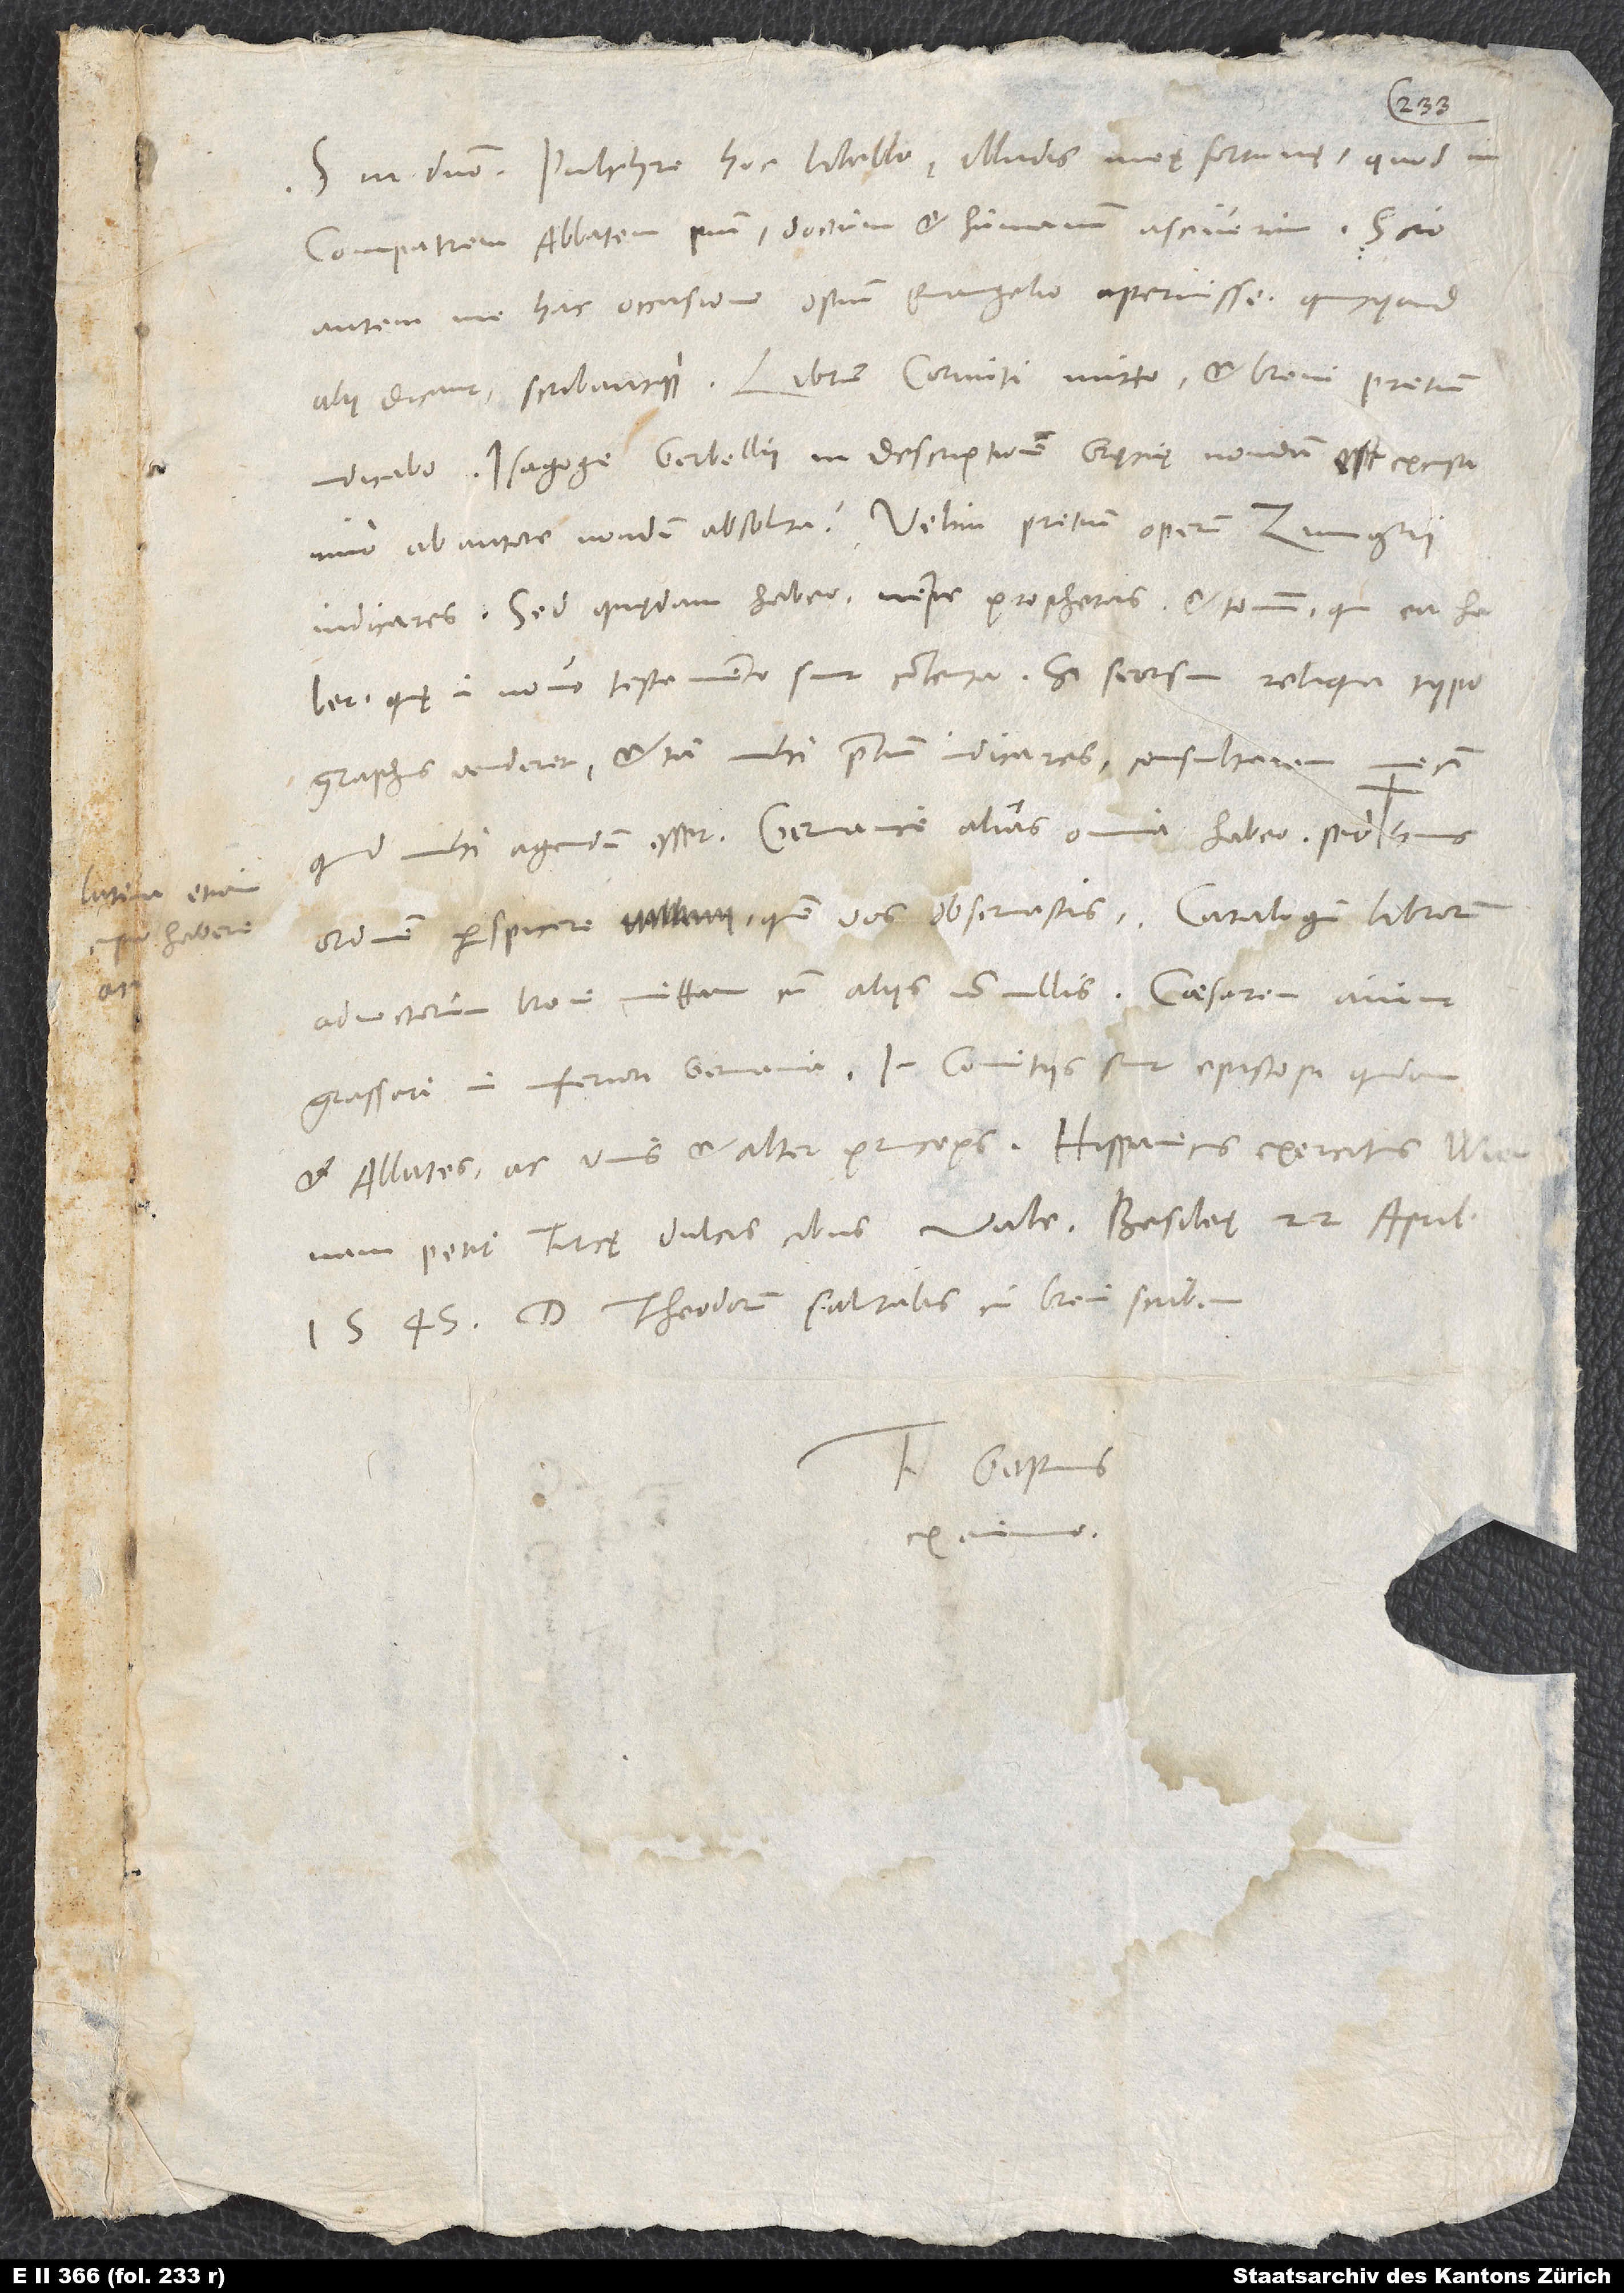
habere

Pulchre hoc libello illudis meę fortunę, quod
compatrem abbatem pium, doctum et humanum asciverim. Scio
autem me hac occasione ostium evangelio aperuisse, quicquid
indicabo. Isagoge Gerbellii in descriptionem Gręcię nondum est excusa,
indicares, sed quędam habeo, nempe prophetas et tomum, qui ea habet,
quę in novo testamento sunt contenta. Si seorsim reliqua typographus
venderet et tu mihi pretium indicares, consultarem mecum,
quid mihi agendum esset. Germanice alias omnia habeo; sed
ordinem perspicere, quem vos observastis. Catalogum librorum
advectorum brevi mittam cum aliis nonnullis. Caesarem aiunt
grassari in Inferiori Germania. In comitiis sunt episcopi quidam
et abbates ac unus et alter princeps. Hispanicus exercitus Wiennam
D. Theodorum salutabis, cui brevi scribam.
Tuus Gastius